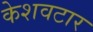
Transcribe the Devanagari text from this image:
केशवटार